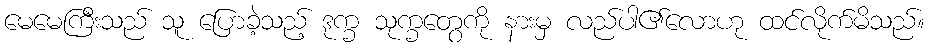
မေမေကြီးသည် သူ ပြောခဲ့သည့် ဒုက္ခ သုက္ခတွေကို နားမှ လည်ပါ၏လောဟု ထင်လိုက်မိသည်။